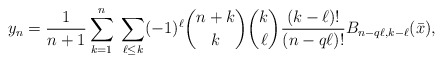
\begin{align*} y_n =\frac{1}{n+1} \sum_{k=1}^{n} \; \sum_{\ell\le k} (-1)^\ell \binom{n+k}{k}\binom{k}{\ell}\frac{(k-\ell)!}{(n-q\ell)!} B_{n-q\ell,k-\ell}(\bar x),\end{align*}